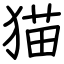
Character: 猫